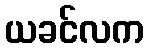
ယခင်လက